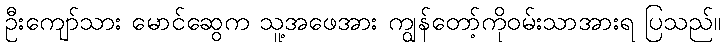
ဦးကျော်သား မောင်ဆွေက သူ့အဖေအား ကျွန်တော့်ကိုဝမ်းသာအားရ ပြသည်။